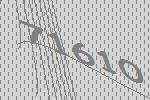
71610